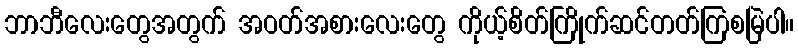
ဘာဘီလေးတွေအတွက် အဝတ်အစားလေးတွေ ကိုယ့်စိတ်ကြိုက်ဆင်တတ်ကြစမြဲပါ။